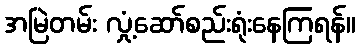
အမြဲတမ်း လှုံ့ဆော်စည်းရုံးနေကြရန်။